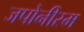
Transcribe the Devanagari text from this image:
जपोनीस्म